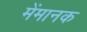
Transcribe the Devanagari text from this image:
मेंमानक